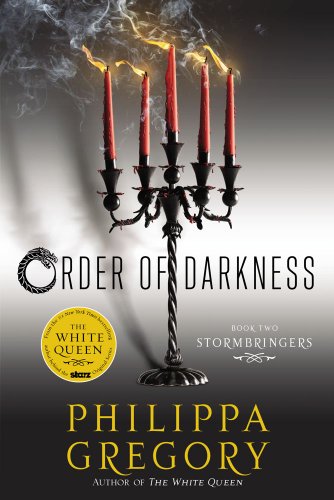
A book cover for Stormbringers (Order of Darkness); Philippa Gregory; Teen & Young Adult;